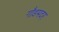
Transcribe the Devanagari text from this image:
गौडमदर